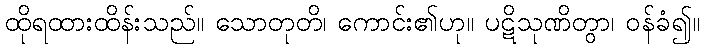
ထိုရထားထိန်းသည်။ သောတုတိ၊ ကောင်း၏ဟု။ ပဋိသုဏိတွာ၊ ဝန်ခံ၍။